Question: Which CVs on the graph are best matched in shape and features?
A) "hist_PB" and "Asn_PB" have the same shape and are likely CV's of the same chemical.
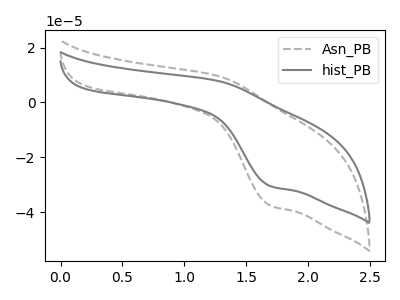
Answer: <think>The gray dashed curve "Asn_PB" has an anodic peak at (1.25V, 9.65uA) and a cathodic peak at (1.70V, -37.50uA). The gray curve "hist_PB" has an anodic peak at (1.25V, 7.85uA) and a cathodic peak at (1.70V, -30.40uA).
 All the peaks in "Asn_PB" have a peak in "hist_PB" at the same potential. Every peak in "Asn_PB" is higher than every peak in "hist_PB".</think>
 <answer>A) "hist_PB" and "Asn_PB" have the same shape and are likely CV's of the same chemical.</answer>
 <eval>A</eval>